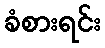
ခံစားရင်း